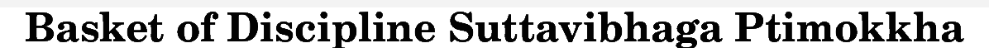
Basket of Discipline Suttavibhaga Ptimokkha